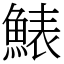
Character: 䱪